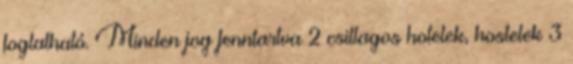
foglalható. Minden jog fenntartva 2 csillagos hotelek, hostelek 3